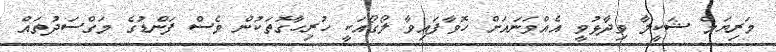
މަރިޔަމް ޝަކީލާ ވިދާޅުވީ އެއްވަނައަށް ހޮވާފައިވާ ލޯގޯއަކީ ހުރިހާގޮތަކުން ވެސް ފަންޑުގެ މަގްސަދުތައް